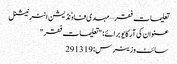
تعلیمات فقر – مہدی فاوٗنڈیشن انٹرنیشنل
عنوان کی آرکایو برائے: "تعلیمات فقر"
سائٹ وزیٹرس: 291319